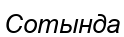
Сотында